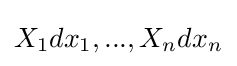
X_{1}dx_{1},...,X_{n}dx_{n}